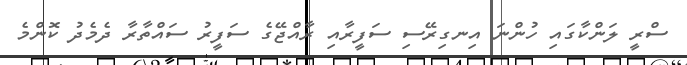
ސްރީ ލަންކާގައި ހުންނަ އިނގިރޭސި ސަފީރާއި ރާއްޖޭގެ ސަފީރު ސައްތާރާ ދެމެދު ކޮންމެ